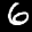
Label: 6